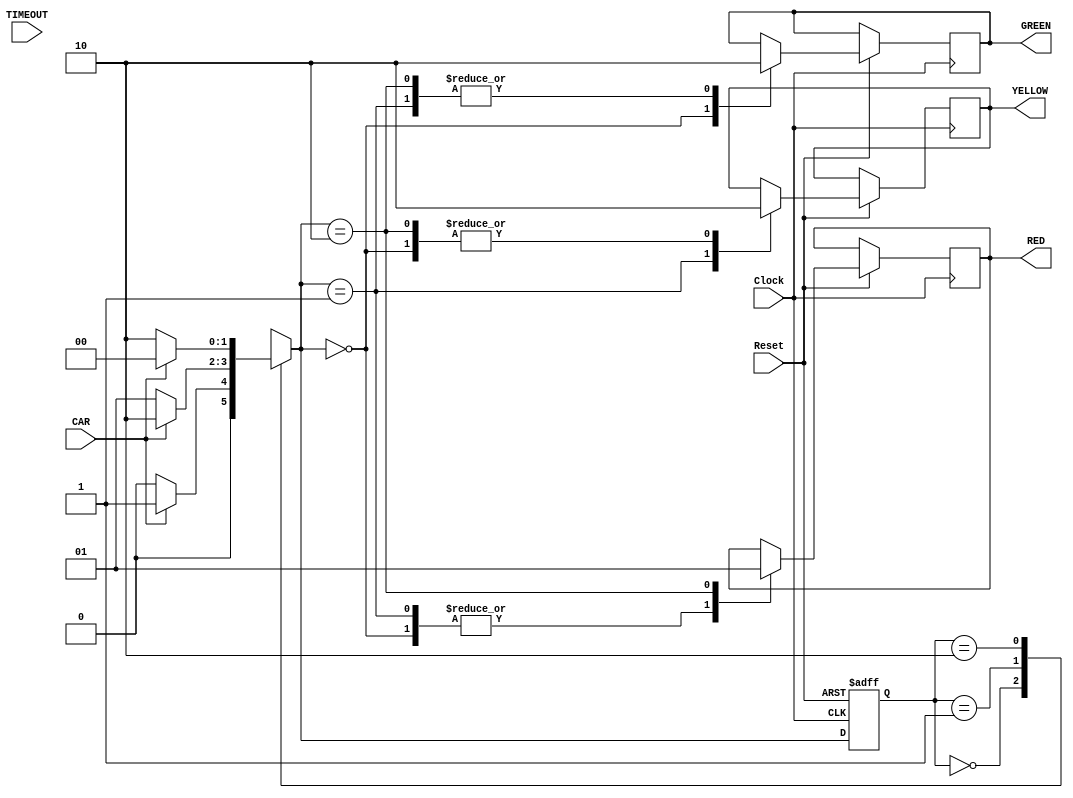
module TrafficLight(Clock, Reset, CAR, TIMEOUT, GREEN, YELLOW, RED);
	
	input Clock, Reset, CAR, TIMEOUT;
	
	output reg GREEN, YELLOW, RED;
	
	reg [1:0] present, Next;
	
	parameter green = 2'b00;
	parameter yellow = 2'b01;
	parameter red = 2'b10;
	
	always @(CAR, present) begin
		case(present)
			green: 	if(CAR == 0) 	Next = green;
						else 			 	Next = yellow; 
			
			yellow:	if(CAR == 0) 	Next = yellow;
						else 				Next = red; 
			
			red:		if(CAR == 0) 	Next = red;
						else 				Next = green; 
						
			default: Next = 2'bxx;
		endcase
	end
	
	always @(posedge Clock, negedge Reset) begin
		if (Reset == 0) present <= green;
		
		else begin
			if(present == red && Next == green)
				#300000000 present <= Next;
			
			else present <= Next;
			
			case(Next)
					2'b00: begin 
						GREEN 	= 1;
						YELLOW 	= 0;
						RED 		= 0;
					end
					
					2'b01: begin 
						GREEN 	= 0;
						YELLOW 	= 1;
						RED 		= 0;
					end
					
					2'b10: begin 
						GREEN 	= 0;
						YELLOW 	= 0;
						RED 		= 1;
					end
			endcase
			
		end 
	end

endmodule